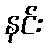
နင်း